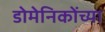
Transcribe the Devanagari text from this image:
डोमेनिकोंच्या